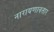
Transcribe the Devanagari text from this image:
नारायणावतार